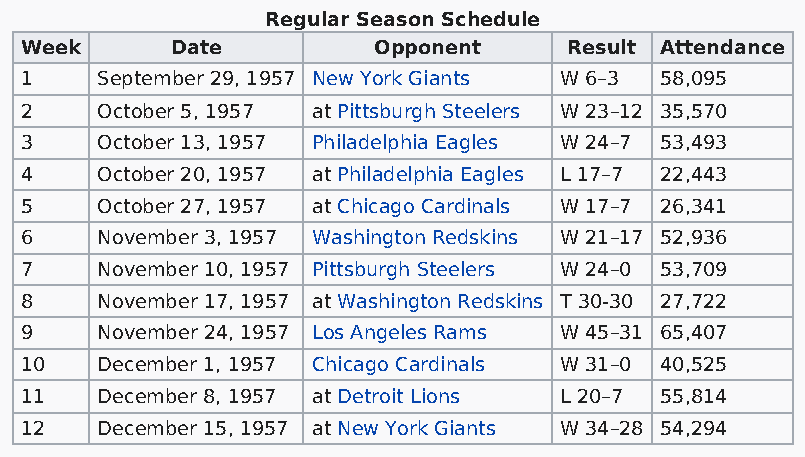
Regular Season Schedule
 Week      Date          Opponent     Result Attendance
 1    September 29, 1957 New York Giants W 6–3 58,095
 2    October 5, 1957 at Pittsburgh Steelers W 23–12 35,570
 3    October 13, 1957 Philadelphia Eagles W 24–7 53,493
 4    October 20, 1957 at Philadelphia Eagles L 17–7 22,443
 5    October 27, 1957 at Chicago Cardinals W 17–7 26,341
 6    November 3, 1957 Washington Redskins W 21–17 52,936
 7    November 10, 1957 Pittsburgh Steelers W 24–0 53,709
 8    November 17, 1957 at Washington Redskins T 30-30 27,722
 9    November 24, 1957 Los Angeles Rams W 45–31 65,407
 10   December 1, 1957 Chicago Cardinals W 31–0 40,525
 11   December 8, 1957 at Detroit Lions L 20–7 55,814
 12   December 15, 1957 at New York Giants W 34–28 54,294